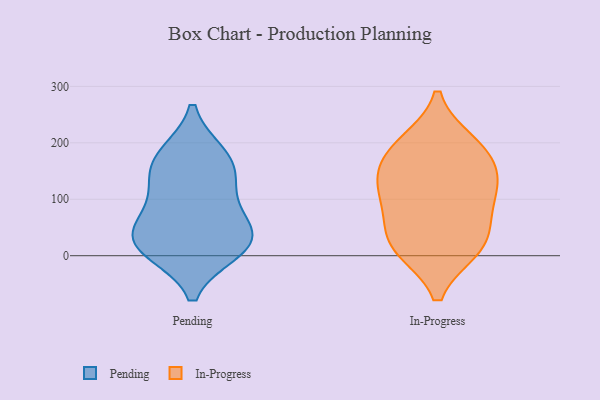
{"axis": {"x": "Gross Profit (USD K)", "y": "Value"}, "legend": ["In-Progress", "Pending"], "data": [{"x": "", "y": 22, "type": "Pending"}, {"x": "", "y": 178, "type": "Pending"}, {"x": "", "y": 15, "type": "Pending"}, {"x": "", "y": 10, "type": "Pending"}, {"x": "", "y": 33, "type": "Pending"}, {"x": "", "y": 146, "type": "Pending"}, {"x": "", "y": 174, "type": "Pending"}, {"x": "", "y": 78, "type": "Pending"}, {"x": "", "y": 49, "type": "Pending"}, {"x": "", "y": 121, "type": "Pending"}, {"x": "", "y": 128, "type": "In-Progress"}, {"x": "", "y": 178, "type": "In-Progress"}, {"x": "", "y": 147, "type": "In-Progress"}, {"x": "", "y": 74, "type": "In-Progress"}, {"x": "", "y": 200, "type": "In-Progress"}, {"x": "", "y": 105, "type": "In-Progress"}, {"x": "", "y": 12, "type": "In-Progress"}, {"x": "", "y": 12, "type": "In-Progress"}, {"x": "", "y": 52, "type": "In-Progress"}, {"x": "", "y": 196, "type": "In-Progress"}, {"x": "", "y": 15, "type": "In-Progress"}, {"x": "", "y": 127, "type": "In-Progress"}]}